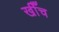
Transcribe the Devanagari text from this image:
खीँच